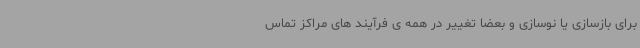
برای بازسازی یا نوسازی و بعضا تغییر در همه ی فرآیند های مراکز تماس